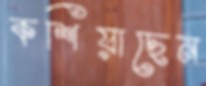
কশিয়াছেন